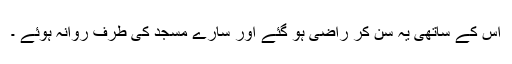
اس کے ساتھی یہ سن کر راضی ہو گئے اور سارے مسجد کی طرف روانہ ہوئے ۔